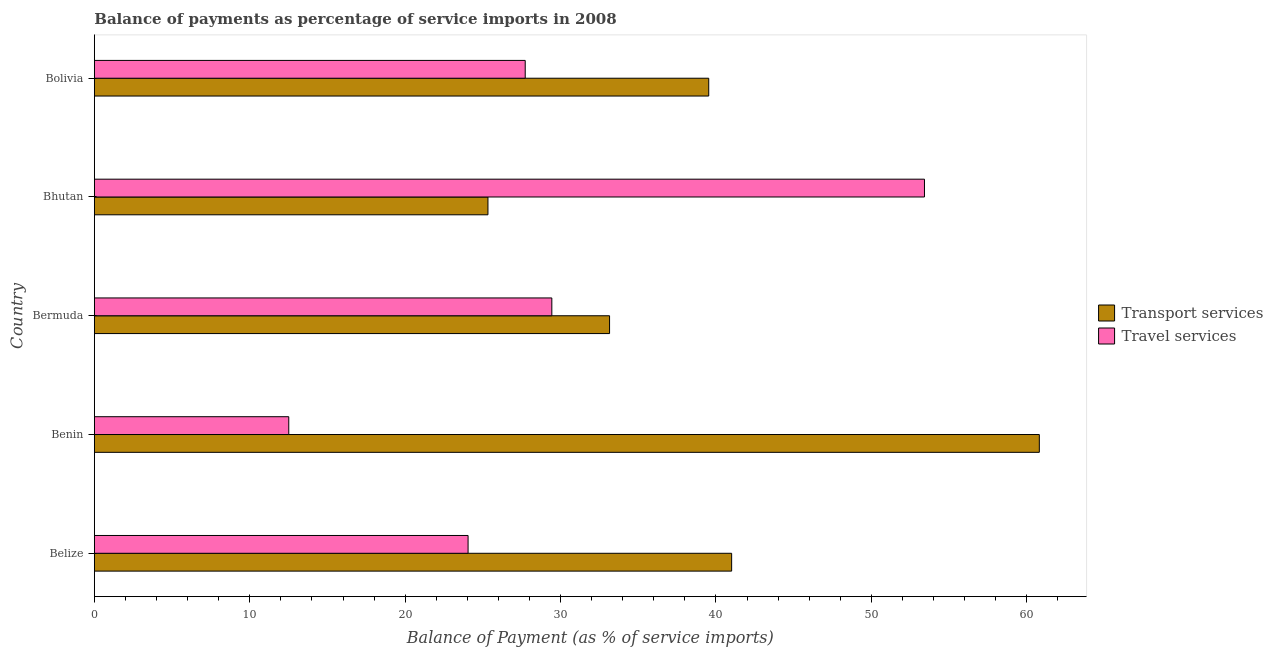
| Country | Transport services | Travel services |
 | --- | --- | --- |
 | Belize | 41 | 24 |
 | Benin | 60.8 | 12.5 |
 | Bermuda | 33.2 | 29.4 |
 | Bhutan | 25.3 | 53.4 |
 | Bolivia | 39.5 | 27.7 |